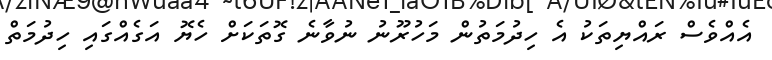
އެއްްވެސް ރައްޔިތަކު އެ ހިދުމަތުން މަހުރޫނު ނުވާނެ ގޮތަަކަށް ހެޔޮ އަގެއްގައި ހިދުމަތް